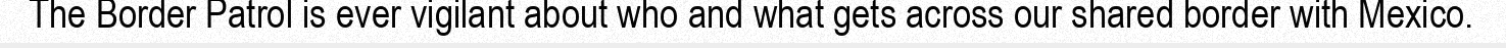
The Border Patrol is ever vigilant about who and what gets across our shared border with Mexico.